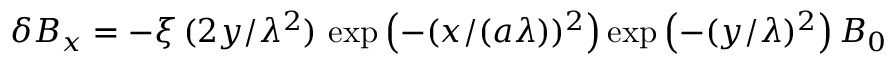
{ \delta B _ { x } = - \xi \, ( 2 y / \lambda ^ { 2 } ) \, \exp \left( - ( x / ( a \lambda ) ) ^ { 2 } \right) \exp \left( - ( y / \lambda ) ^ { 2 } \right) B _ { 0 } }